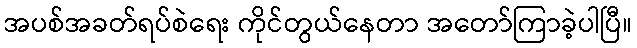
အပစ်အခတ်ရပ်စဲရေး ကိုင်တွယ်နေတာ အတော်ကြာခဲ့ပါပြီ။